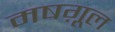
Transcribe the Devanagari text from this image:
मषग़ूल